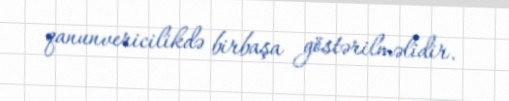
qanunvericilikdə birbaşa göstərilməlidir.